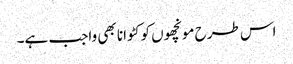
اس طرح مونچھوں کو کٹوانا بھی واجب ہے۔